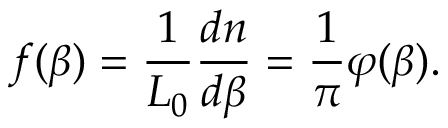
f ( \beta ) = \frac { 1 } { L _ { 0 } } \frac { d n } { d \beta } = \frac { 1 } { \pi } \varphi ( \beta ) .